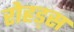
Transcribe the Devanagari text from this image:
रोहड्स